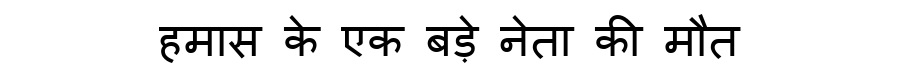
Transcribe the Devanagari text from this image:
हमास के एक बड़े नेता की मौत